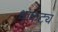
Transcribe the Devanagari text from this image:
धाकट्य